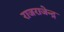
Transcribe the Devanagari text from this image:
राजराजेन्द्र